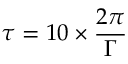
\tau = 1 0 \times \frac { 2 \pi } { \Gamma }